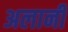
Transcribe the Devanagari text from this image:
अलानी